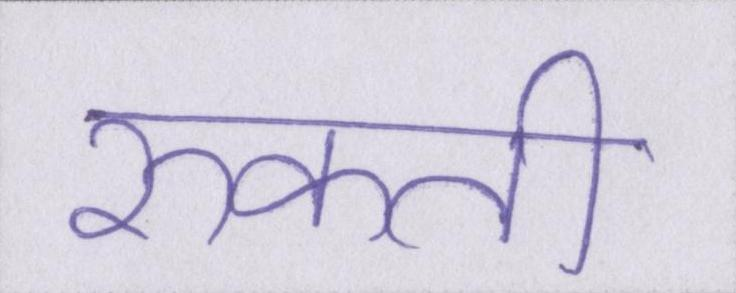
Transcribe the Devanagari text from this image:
रुकती